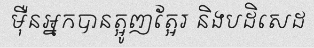
ម៉ឺនអ្នកបានត្អូញត្អែរ និងបដិសេដ